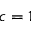
c = 1